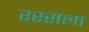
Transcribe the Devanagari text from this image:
रस्सला